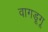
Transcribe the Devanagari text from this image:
वागडूगू